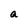
Character: a